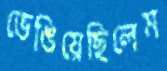
ভেঙিয়েছিলেম